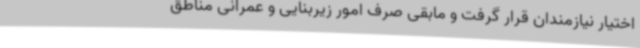
اختیار نیازمندان قرار گرفت و مابقی صرف امور زیربنایی و عمرانی مناطق